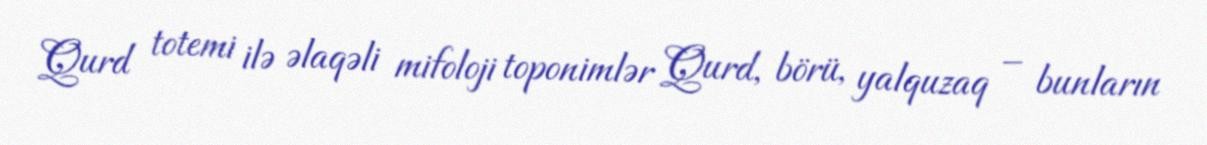
Qurd totemi ilə əlaqəli mifoloji toponimlər Qurd, börü, yalquzaq – bunların